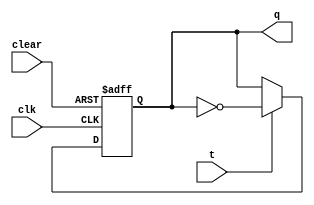
module tff (q, t, clk, clear) ;
	input t, clk, clear ;
	output reg q ;
	
	always @(posedge clk or posedge clear)
	begin
		if (clear)
			q <= 1'b0 ;
		else begin
			if (t == 0)
				q <= q ;
			else
				q <= ~q ;	
		end
	end
endmodule